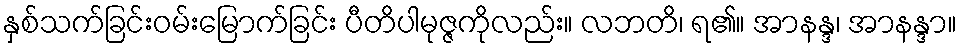
နှစ်သက်ခြင်းဝမ်းမြောက်ခြင်း ပီတိပါမုဇ္ဇကိုလည်း။ လဘတိ၊ ရ၏။ အာနန္ဒ၊ အာနန္ဒာ။